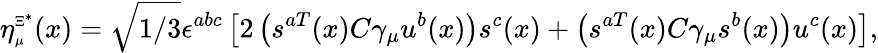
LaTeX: \eta_{\scriptscriptstyle\mu}^{\scriptscriptstyle{\Xi^{*}}}(x)=\sqrt{1/3}\epsilon^{abc}\left[2\left(s^{aT}(x)C\gamma_{\mu}u^{b}(x)\right)s^{c}(x)+\left(s^{aT}(x)C\gamma_{\mu}s^{b}(x)\right)u^{c}(x)\right],